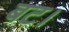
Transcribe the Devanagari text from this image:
बट।